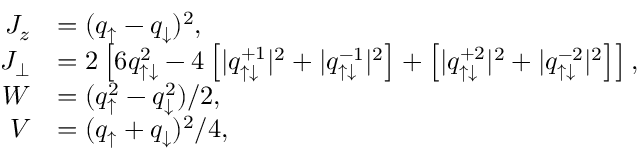
\begin{array} { r l } { J _ { z } } & { = ( q _ { \uparrow } - q _ { \downarrow } ) ^ { 2 } , } \\ { J _ { \perp } } & { = 2 \left[ 6 q _ { \uparrow \downarrow } ^ { 2 } - 4 \left[ | q _ { \uparrow \downarrow } ^ { + 1 } | ^ { 2 } + | q _ { \uparrow \downarrow } ^ { - 1 } | ^ { 2 } \right] + \left[ | q _ { \uparrow \downarrow } ^ { + 2 } | ^ { 2 } + | q _ { \uparrow \downarrow } ^ { - 2 } | ^ { 2 } \right] \right] , } \\ { W } & { = ( q _ { \uparrow } ^ { 2 } - q _ { \downarrow } ^ { 2 } ) / 2 , } \\ { V } & { = ( q _ { \uparrow } + q _ { \downarrow } ) ^ { 2 } / 4 , } \end{array}